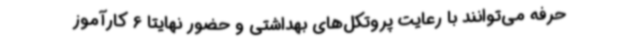
حرفه می‌توانند با رعایت پروتکل‌های بهداشتی و حضور نهایتاً 6 کارآموز